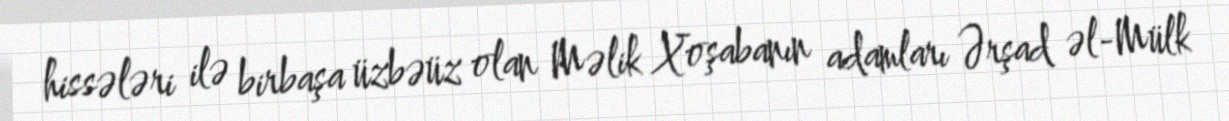
hissələri ilə birbaşa üzbəüz olan Məlik Xoşabanın adamları Ərşad əl-Mülk